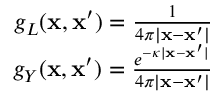
\begin{array} { r } { g _ { L } ( \mathbf { x } , \mathbf { x } ^ { \prime } ) = \frac { 1 } { 4 \pi | \mathbf { x } - \mathbf { x } ^ { \prime } | } } \\ { g _ { Y } ( \mathbf { x } , \mathbf { x } ^ { \prime } ) = \frac { e ^ { - \kappa | \mathbf { x } - \mathbf { x } ^ { \prime } | } } { 4 \pi | \mathbf { x } - \mathbf { x } ^ { \prime } | } } \end{array}